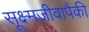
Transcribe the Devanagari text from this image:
सूक्ष्मजीवांपैकी